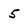
Character: 5